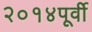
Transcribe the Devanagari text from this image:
२०१४पूर्वी